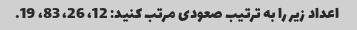
اعداد زیر را به ترتیب صعودی مرتب کنید: 12، 26، 83، 19.